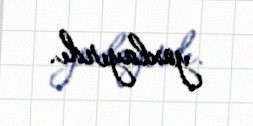
yoxlayırdı.